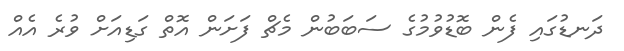
ދަނޑުގައި ފެން ބޮޑުވުމުގެ ސަބަބުން މެޗް ފަށަން އޮތް ގަޑިއަށް ވުރެ އެއް